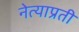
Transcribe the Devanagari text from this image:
नेत्याप्रती